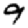
Digit: 9